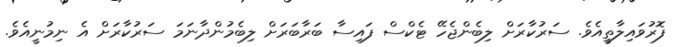
ފޮރުވައިލާތީއެވެ. ސަރުކާރަށް ލިބެންޖެހޭ ޓެކްސް ފައިސާ ބަރާބަރަށް ލިބެމުންދާނަމަ ސަރުކާރަށް އެ ނިމުނީއެވެ.